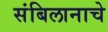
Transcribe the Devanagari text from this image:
संबिलानाचे